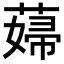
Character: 𦸱